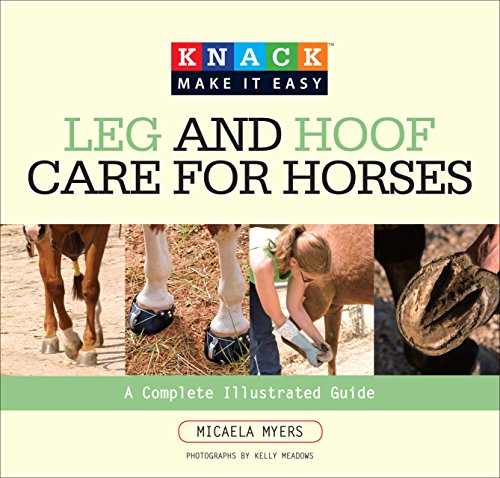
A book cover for Knack Leg and Hoof Care for Horses: A Complete Illustrated Guide (Knack: Make It Easy); Micaela Myers; Medical Books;